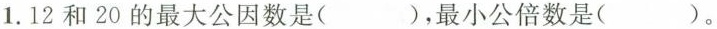
1. 12和20的最大公因数是( )，最小公倍数是( )。